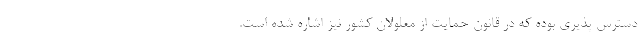
دسترس پذیری بوده که در قانون حمایت از معلولان کشور نیز اشاره شده است.